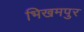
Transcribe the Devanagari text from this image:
भिखमपुर